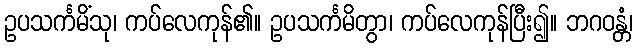
ဥပသင်္ကမိံသု၊ ကပ်လေကုန်၏။ ဥပသင်္ကမိတွာ၊ ကပ်လေကုန်ပြီး၍။ ဘဂဝန္တံ၊